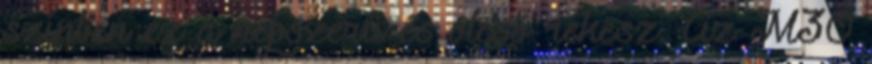
színben ez a népszerű és olcsó rekesz. Az M30